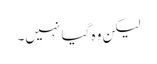
لیکن وہ گیا نہیں۔